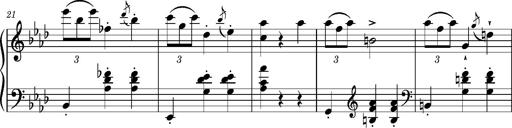
Title: Petite valse favorite
Composer: Franz Liszt
Key: A-flat major